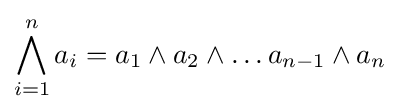
\bigwedge _{i=1}^{n}a_{i}=a_{1}\wedge a_{2}\wedge \ldots a_{n-1}\wedge a_{n}